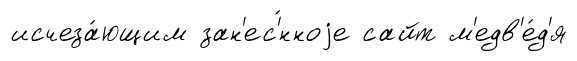
исчеза́ющим зан'ес'́нноjе сайт м'едв'е́д'я